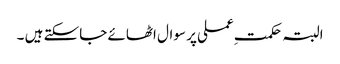
البتہ حکمتِ عملی پر سوال اٹھائے جاسکتے ہیں ۔